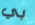
بي